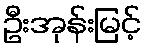
ဦးအုန်းမြင့်